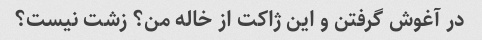
در آغوش گرفتن و این ژاکت از خاله من؟ زشت نیست؟